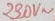
Text: 230V~